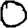
Digit: 0